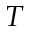
T